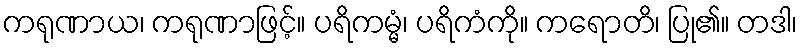
ကရုဏာယ၊ ကရုဏာဖြင့်။ ပရိကမ္မံ၊ ပရိကံကို။ ကရောတိ၊ ပြု၏။ တဒါ၊